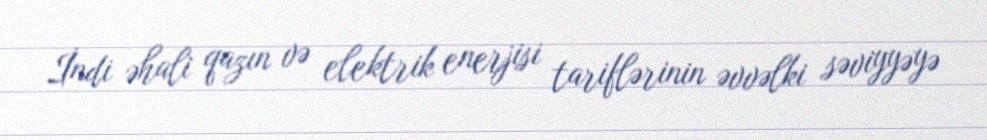
İndi əhali qazın və elektrik enerjisi tariflərinin əvvəlki səviyyəyə